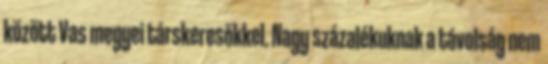
között Vas megyei társkeresőkkel. Nagy százalékuknak a távolság nem